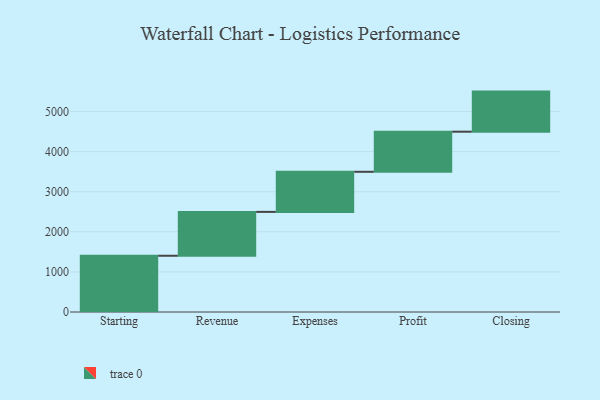
{"axis": {"x": "Step", "y": "Value"}, "legend": [""], "data": [{"x": "Starting", "y": 1403.0, "type": ""}, {"x": "Revenue", "y": 1094.0, "type": ""}, {"x": "Expenses", "y": 1000, "type": ""}, {"x": "Profit", "y": 1000, "type": ""}, {"x": "Closing", "y": 1000, "type": ""}]}